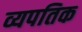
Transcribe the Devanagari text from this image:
व्यपतिक